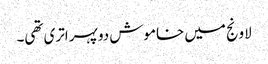
لاونج میں خاموش دوپہر اتری تھی۔